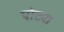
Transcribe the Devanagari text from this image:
पोट्या